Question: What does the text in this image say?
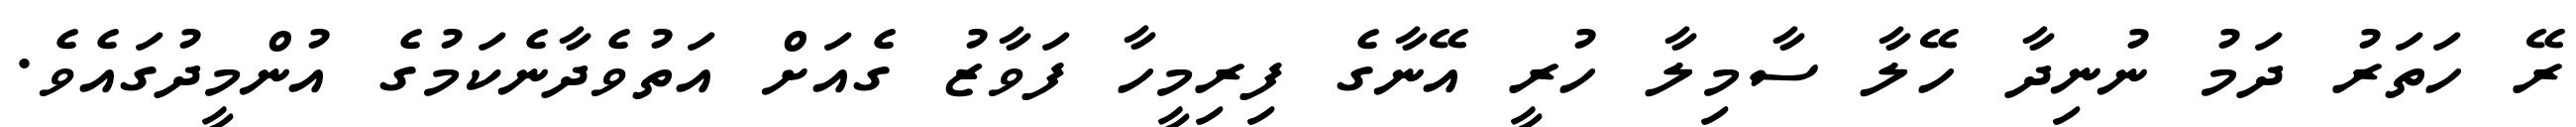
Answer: ރޭ ހަތަރު ދަމު ނުނިދާ ހޭލާ ސާމިލާ ހުރީ އޭނާގެ ފިރިމީހާ ފަވާޒު ގެއަށް އަތުވެދާނެކަމުގެ އުންމީދުގައެވެ.